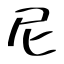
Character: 尼